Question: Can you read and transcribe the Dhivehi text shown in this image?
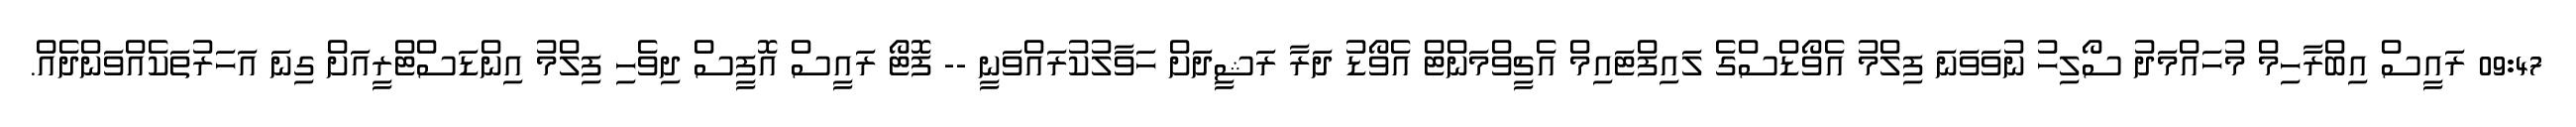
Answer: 09:47 ރައީސް އިބްރާހިމް މުހައްމަދު ސޯލިހު ނުވަވަނަ ފިލްމު އެވޯޑްސްގެ ލައިފްޓައިމް އެޗީވްމަންޓް އެވޯޑު ދަރާ ރަޝީދަށް ހަވާލުކުރައްވަނީ -- ފޮޓޯ ރައީސް އޮފީސް ދިވެހި ފިލްމު އިންޑަސްޓްރީއަށް ގިނަ އަހަރުތަކެއްވަންދެއް.